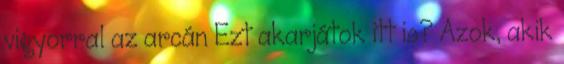
vigyorral az arcán Ezt akarjátok itt is? Azok, akik